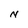
Character: N